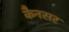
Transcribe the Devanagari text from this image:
कैनसर